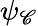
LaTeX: \psi_{\mathscr{C}}